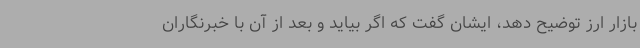
بازار ارز توضیح دهد، ایشان گفت که اگر بیاید و بعد از آن با خبرنگاران